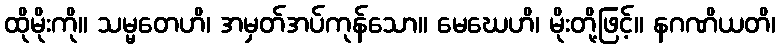
ထိုမိုးကို။ သမ္မတေဟိ၊ အမှတ်အပ်ကုန်သော။ မေဃေဟိ၊ မိုးတို့ဖြင့်။ နဂဏိယတိ၊